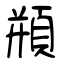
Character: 頩